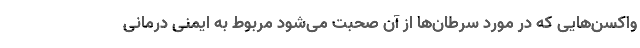
واکسن‌هایی که در مورد سرطان‌ها از آن صحبت می‌شود مربوط به ایمنی درمانی